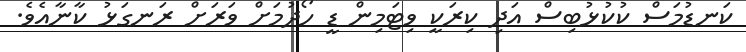
ކަނޑުމަސް ކުކުޅުބިސް އަދި ކިރަކީ ވިޓަމިން ޑީ ހޯދުމަށް ވަރަށް ރަނގަޅު ކާނާއެވެ.